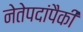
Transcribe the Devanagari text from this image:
नेतेपदांपैकी